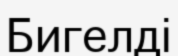
Бигелді